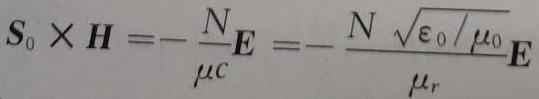
$\boldsymbol{S}_{0} \times \boldsymbol{H}=-\frac{N}{\mu c} \boldsymbol{E}=-\frac{N \sqrt{\varepsilon_{0} / \mu_{0}}}{\mu_{r}} \boldsymbol{E}$